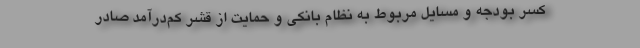
کسر بودجه و مسایل مربوط به نظام بانکی و حمایت از قشر کم‌درآمد صادر